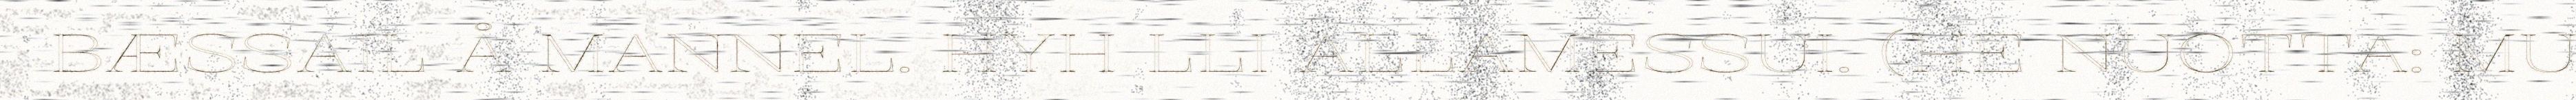
BÆSSAIL Å MANNEL. HYH LLI ALLAMESSUI. (HE NUOTTA: MU